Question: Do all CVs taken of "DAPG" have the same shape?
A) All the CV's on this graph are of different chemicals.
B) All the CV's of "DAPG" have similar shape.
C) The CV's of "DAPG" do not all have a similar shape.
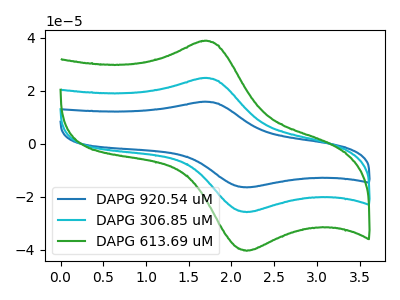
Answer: <think>The blue curve "DAPG 920.54 uM" has an anodic peak at (1.70V, 49.55uA) and a cathodic peak at (2.20V, -51.65uA). The cyan curve "DAPG 306.85 uM" has an anodic peak at (1.70V, 24.80uA) and a cathodic peak at (2.20V, -25.80uA). The green curve "DAPG 613.69 uM" has an anodic peak at (1.70V, 38.80uA) and a cathodic peak at (2.20V, -40.45uA).
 All the peaks in "DAPG 920.54 uM" have a peak in "DAPG 306.85 uM" at the same potential. Every peak in "DAPG 920.54 uM" is higher than every peak in "DAPG 306.85 uM". All the peaks in "DAPG 920.54 uM" have a peak in "DAPG 613.69 uM" at the same potential. Every peak in "DAPG 920.54 uM" is higher than every peak in "DAPG 613.69 uM". All the peaks in "DAPG 306.85 uM" have a peak in "DAPG 613.69 uM" at the same potential. Every peak in "DAPG 306.85 uM" is lower than every peak in "DAPG 613.69 uM".</think>
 <answer>B) All the CV's of "DAPG" have similar shape.</answer>
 <eval>B</eval>